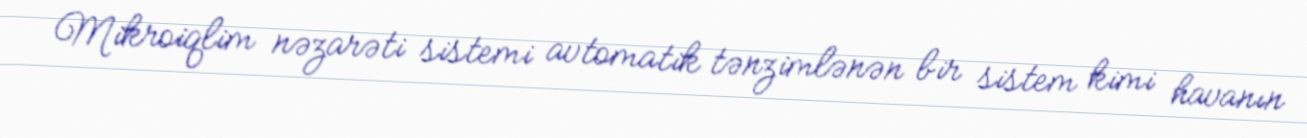
Mikroiqlim nəzarəti sistemi avtomatik tənzimlənən bir sistem kimi havanın